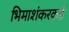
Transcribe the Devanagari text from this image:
भिमाशंकरकडे